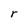
Character: r